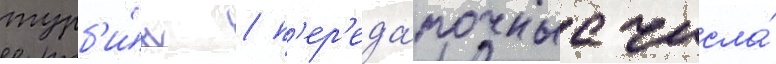
турб'и́н / п'ер'еда́точные числа́